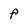
Character: f